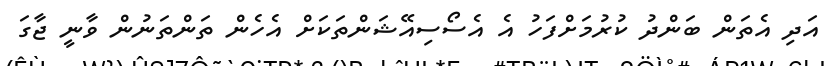
އަދި އެތަން ބަންދު ކުރުމަށްފަހު އެ އެސޯސިއޭޝަންތަކަށް އެހެން ތަންތަނުން ވާނީ ޖާގަ